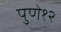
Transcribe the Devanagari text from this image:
पुणे१२